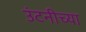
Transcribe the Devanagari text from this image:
उंटनीच्या